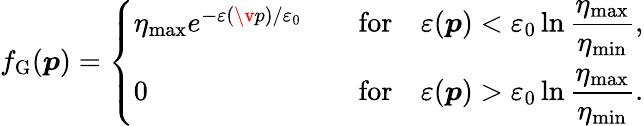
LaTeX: f_{\mathrm{G}}(\boldsymbol{p})=\left\{ \begin{array}{ll}{\eta_{\mathrm{max}}e^{-\varepsilon(\v{p})/\varepsilon_{0}}\quad}&{\mathrm{for}\quad\varepsilon(\boldsymbol{p})<\varepsilon_{0}\ln\displaystyle\frac{\eta_{\mathrm{max}}}{\eta_{\mathrm{min}}},}\\ {0\quad}&{\mathrm{for}\quad\varepsilon(\boldsymbol{p})>\varepsilon_{0}\ln\displaystyle\frac{\eta_{\mathrm{max}}}{\eta_{\mathrm{min}}}.}\end{array}\right.